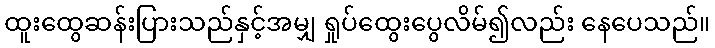
ထူးထွေဆန်းပြားသည်နှင့်အမျှ ရှုပ်ထွေးပွေလိမ်၍လည်း နေပေသည်။